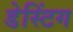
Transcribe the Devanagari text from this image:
डेस्टिंग